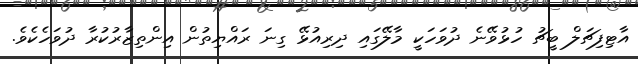
އާޓިފިޗަލް ބީޗު ހުޅުވޭނެ ދުވަހަކީ މާލޭގައި ދިރިއުޅޭ ގިނަ ރައްޔިތުން އިންތިޒާރުކުރާ ދުވަހެކެވެ.